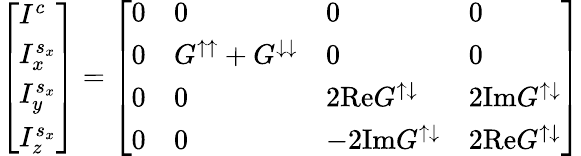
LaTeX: \left[\begin{array}{l}{I^{c}}\\ {I_{x}^{s_{x}}}\\ {I_{y}^{s_{x}}}\\ {I_{z}^{s_{x}}}\end{array}\right]=\left[\begin{array}{llll}{0}&{0}&{0}&{0}\\ {0}&{G^{\uparrow\uparrow}+G^{\downarrow\downarrow}}&{0}&{0}\\ {0}&{0}&{2\mathrm{Re}G^{\uparrow\downarrow}}&{2\mathrm{Im}G^{\uparrow\downarrow}}\\ {0}&{0}&{-2\mathrm{Im}G^{\uparrow\downarrow}}&{2\mathrm{Re}G^{\uparrow\downarrow}}\end{array}\right]